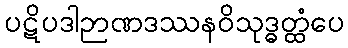
ပဋိပဒါဉာဏဒဿနဝိသုဒ္ဓတ္ထံပေ